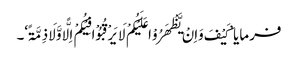
فرمایا ’کَیْفَ وَاِنْ یَّظْھَرُوْا عَلَیْکُمْ لَا یَرْقُبُوْا فِیْکُمْ اِلًّا وَّلَا ذِمَّۃً‘۔